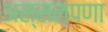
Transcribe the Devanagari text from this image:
अस्सलपणा